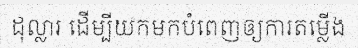
ដុល្លារ ដើម្បីយកមកបំពេញឲ្យការតម្លើង